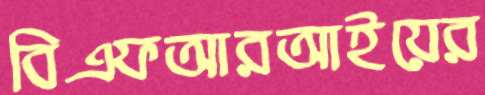
বিএফআরআইয়ের